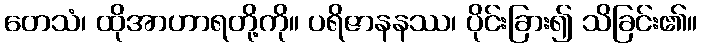
တေသံ၊ ထိုအာဟာရတို့ကို။ ပရိဇာနနဿ၊ ပိုင်းခြား၍ သိခြင်း၏။